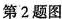
第2题图